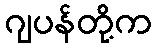
ဂျပန်တို့က